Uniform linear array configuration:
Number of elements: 24
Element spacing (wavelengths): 0.75
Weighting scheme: blackman
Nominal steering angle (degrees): -15
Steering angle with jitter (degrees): -13.459
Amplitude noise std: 0.05
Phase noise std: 0.05

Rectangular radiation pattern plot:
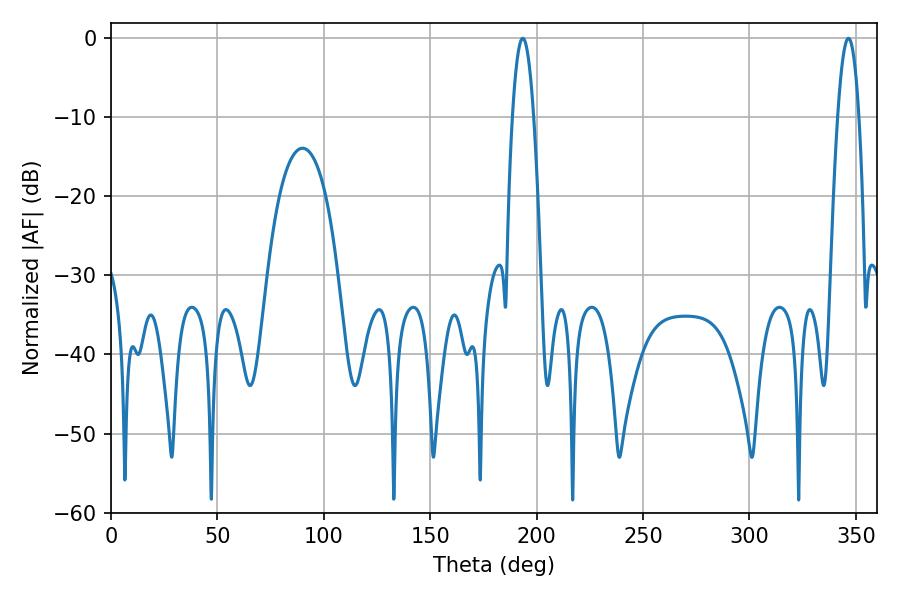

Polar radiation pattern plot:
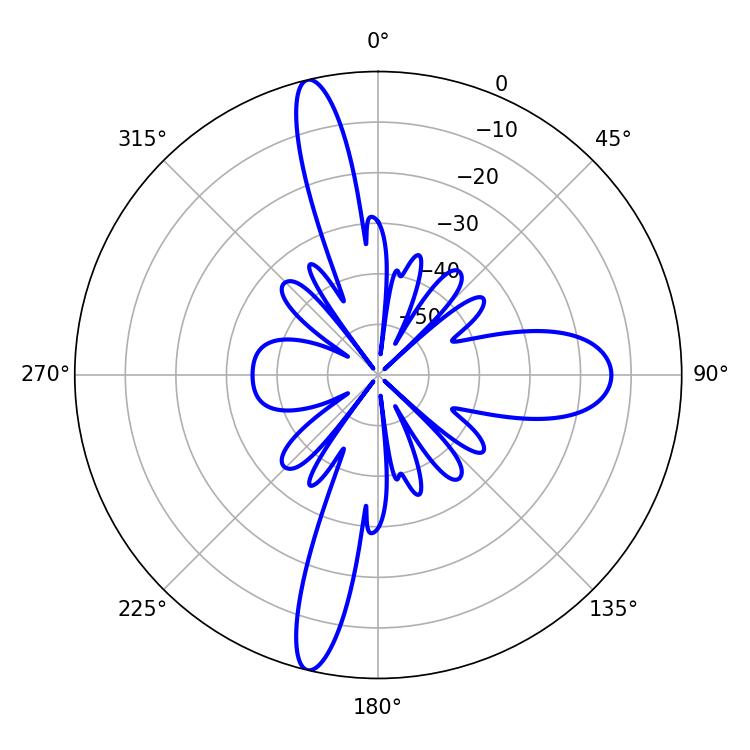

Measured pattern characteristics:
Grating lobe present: TRUE
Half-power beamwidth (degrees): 5.4
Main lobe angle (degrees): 193.5